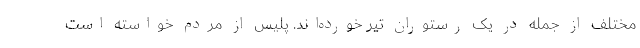
مختلف از جمله در یک رستوران تیر خورده‌اند. پلیس از مردم خواسته است